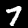
Label: 7